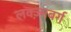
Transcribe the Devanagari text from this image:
लक्ज़्मबर्ग